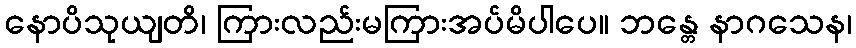
နောပိသုယျတိ၊ ကြားလည်းမကြားအပ်မိပါပေ။ ဘန္တေ နာဂသေန၊